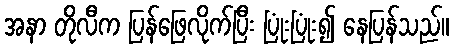
အနာ တိုလီက ပြန်ဖြေလိုက်ပြီး ပြုံးပြုံး၍ နေပြန်သည်။